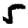
Digit: 5